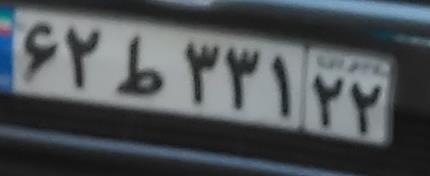
۶۲ط۳۳۱۲۲